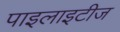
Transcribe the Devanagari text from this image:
पाइलाइटीज